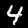
Label: 4